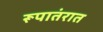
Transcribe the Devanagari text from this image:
रूपातंरात